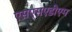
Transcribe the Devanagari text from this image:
एसएसएडीएम